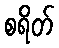
စရိတ်